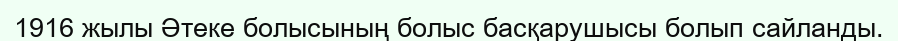
1916 жылы Әтеке болысының болыс басқарушысы болып сайланды.